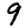
Digit: 9